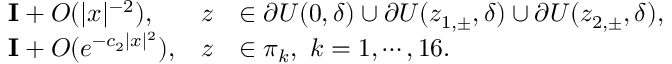
\begin{array} { r l r l } & { \mathbf { I } + O ( | x | ^ { - 2 } ) , } & { z } & { \in \partial U ( 0 , \delta ) \cup \partial U ( z _ { 1 , \pm } , \delta ) \cup \partial U ( z _ { 2 , \pm } , \delta ) , } \\ & { \mathbf { I } + O ( e ^ { - c _ { 2 } | x | ^ { 2 } } ) , } & { z } & { \in \pi _ { k } , \ k = 1 , \cdots , 1 6 . } \end{array}